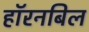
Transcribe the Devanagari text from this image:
हॉरनबिल